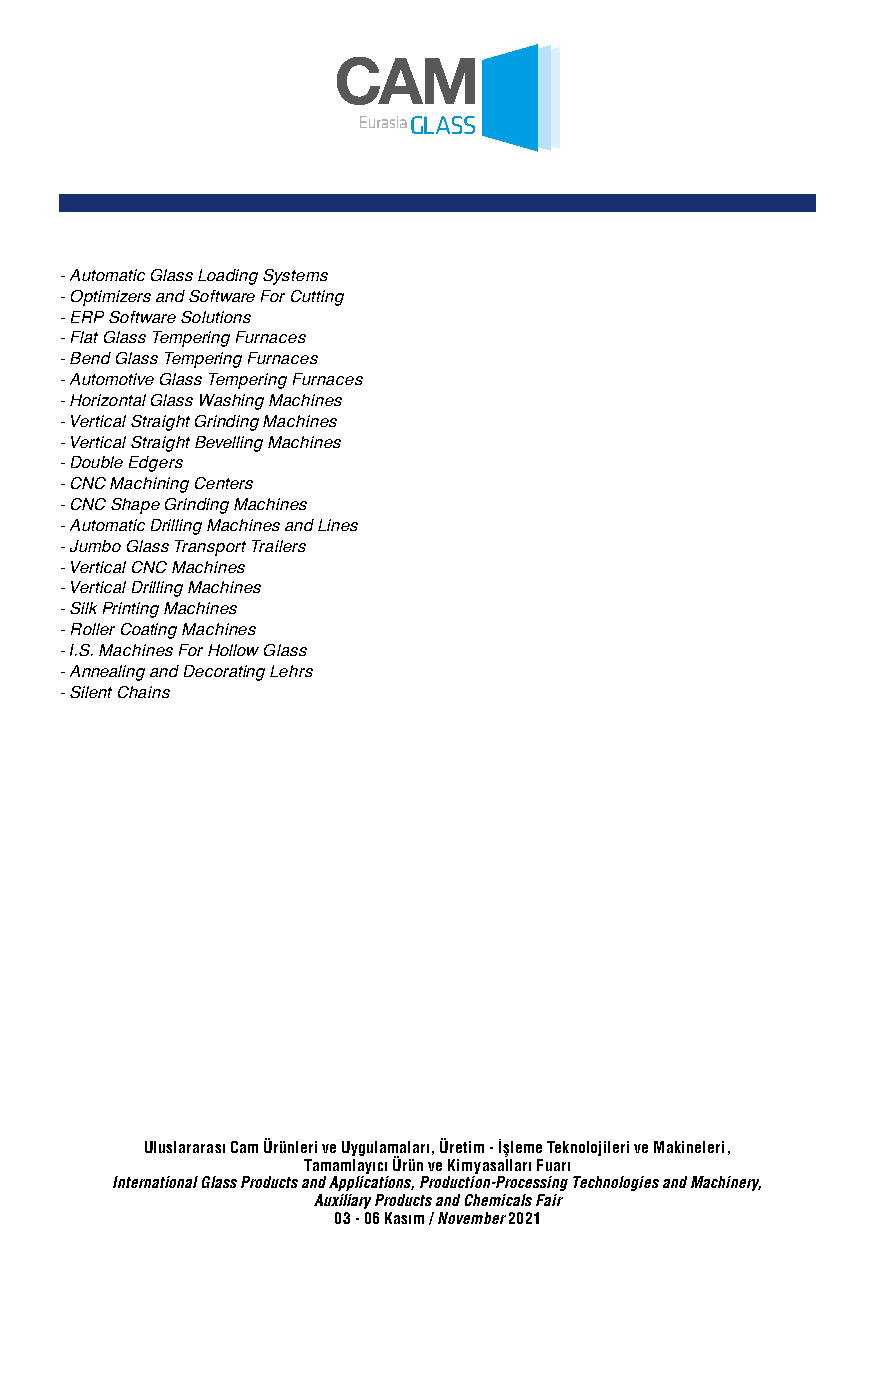
- Automatic Glass Loading Systems
 - Optimizers and Software For Cutting
 - ERP Software Solutions
 - Flat Glass Tempering Furnaces
 - Bend Glass Tempering Furnaces
 - Automotive Glass Tempering Furnaces
 - Horizontal Glass Washing Machines
 - Vertical Straight Grinding Machines
 - Vertical Straight Bevelling Machines
 - Double Edgers
 - CNC Machining Centers
 - CNC Shape Grinding Machines
 - Automatic Drilling Machines and Lines
 - Jumbo Glass Transport Trailers
 - Vertical CNC Machines
 - Vertical Drilling Machines
 - Silk Printing Machines
 - Roller Coating Machines
 - I.S. Machines For Hollow Glass
 - Annealing and Decorating Lehrs
 - Silent Chains
 Uluslararası Cam Ürünleri ve Uygulamaları, Üretim - İşleme Teknolojileri ve Makineleri,
 Tamamlayıcı Ürün ve Kimyasalları Fuarı
 International Glass Products and Applications, Production-Processing Technologies and Machinery,
 Auxiliary Products and Chemicals Fair
 03 - 06 Kasım / November 2021